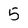
Character: 5